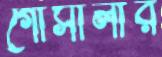
গোসালার